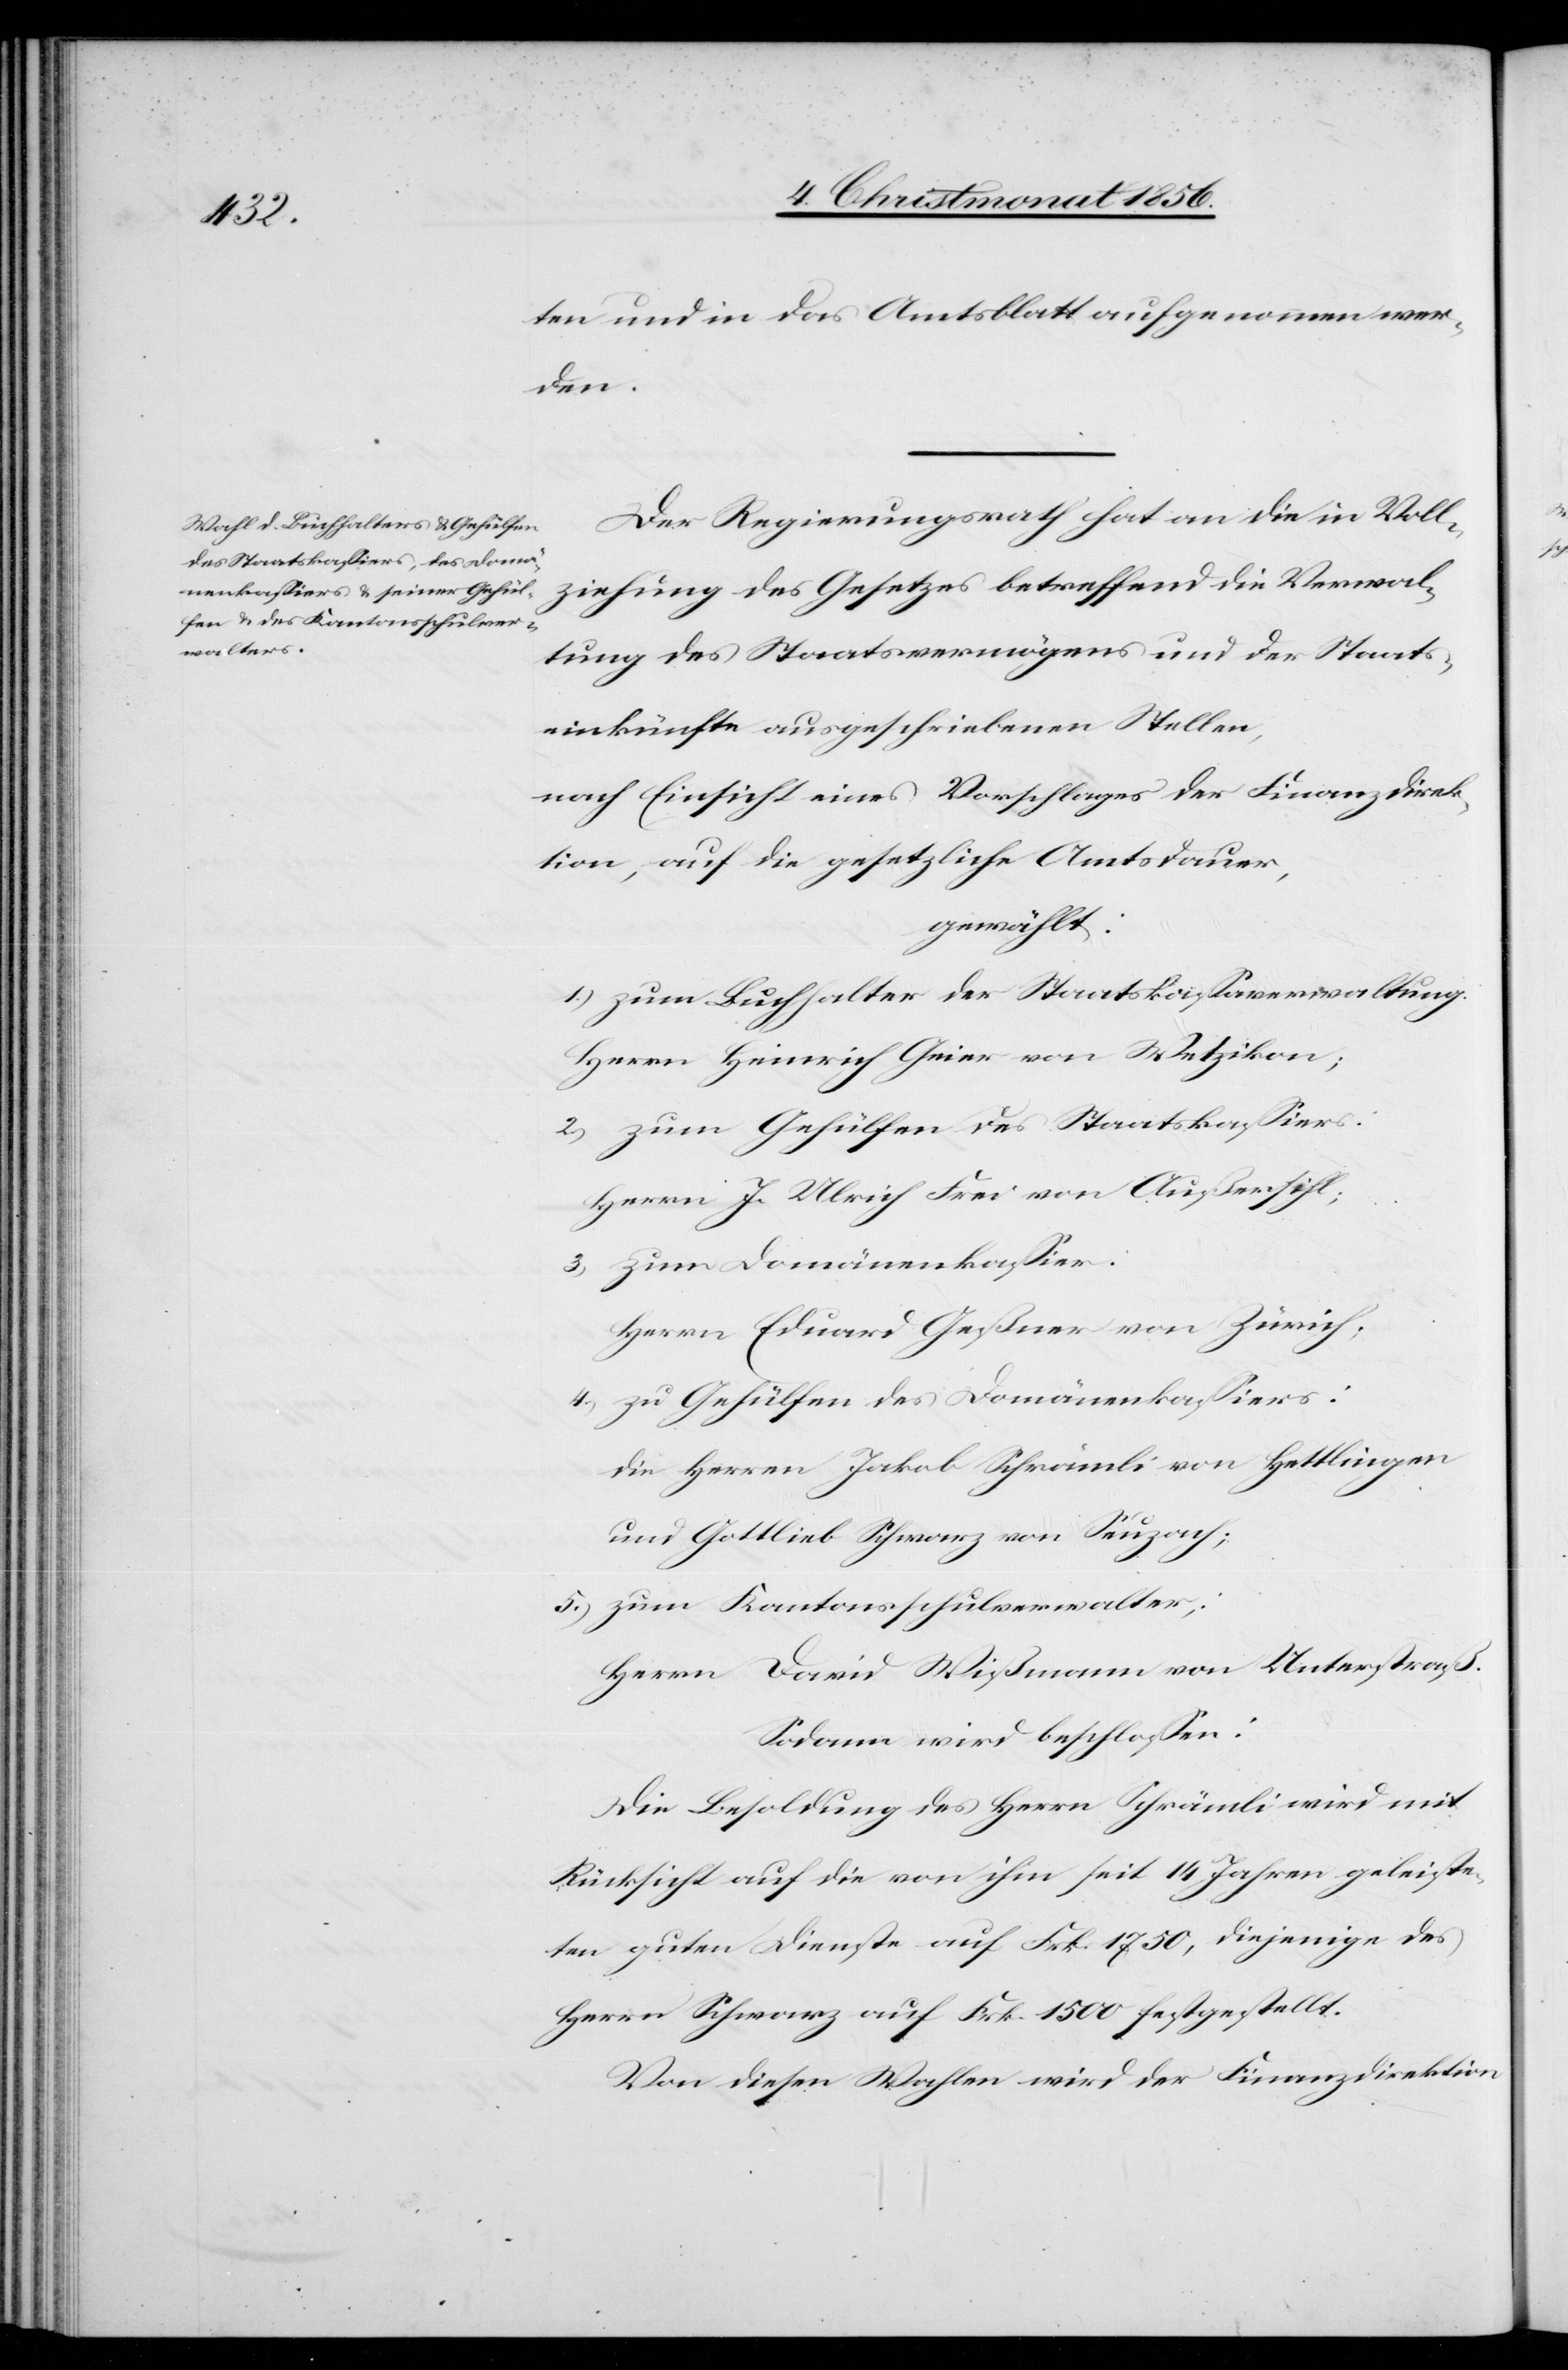
ten und in das Amtsblatt aufgenommen wer¬
den.
Der Regierungsrath hat an die in Voll¬
ziehung des Gesetzes betreffend die Verwal¬
tung des Staatsvermögens und der Staats¬
einkünfte ausgeschriebenen Stellen,
nach Einsicht eines Vorschlages der Finanzdirek¬
tion, auf die gesetzliche Amtsdauer,
gewählt:
1.) zum Buchhalter der Staatskassaverwaltung:
Herrn Heinrich Geier von Wetzikon;
2.) zum Gehülfen des Staatskassiers:
Herrn J. Ulrich Frei von Außersihl;
3.) zum Domänenkassier:
Herrn Eduard Geßner von Zürich;
4.) zu Gehülfen des Domänenkassiers:
die Herren Jakob Schrämli von Hettlingen
und Gottlieb Schwarz von Seuzach;
5.) zum Kantonsschulverwalter:
Herrn David Wißmann von Unterstraß.
Sodann wird beschlossen:
Die Besoldung des Herrn Schrämli wird mit
Rücksicht auf die von ihm seit 14 Jahren geleiste¬
ten guten Dienste auf Frk. 1750, diejenige des
Herrn Schwarz auf Frk. 1500 festgestellt.
Von diesen Wahlen wird der Finanzdirektion